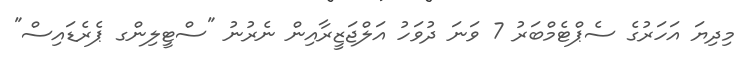
މިދިޔަ އަހަރުގެ ސެޕްޓެމްބަރު 7 ވަނަ ދުވަހު އަލްޖަޒީރާއިން ނެރުނު "ސްޓީލިންގ ޕެރެޑައިސް"